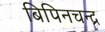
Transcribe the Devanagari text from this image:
बिपिनचन्द्र